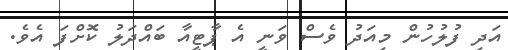
އަދި ފުލުހުން މިއަދު ވެސް ވަނީ އެ ޕާޓީއާ ބައްދަލު ކޮށްފަ އެވެ.